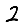
Digit: 2